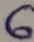
Text: 6